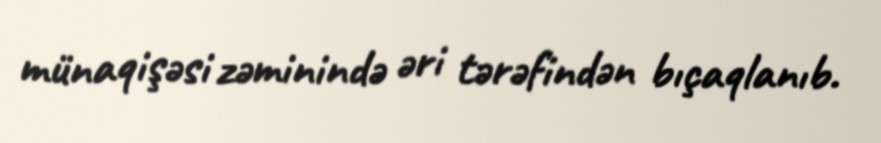
münaqişəsi zəminində əri tərəfindən bıçaqlanıb.